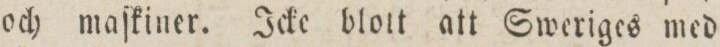
och maſkiner. Icke blott att Sweriges med